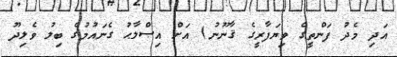
އަދި މެދު ފަންތީގެ ވިޔަފާރީގެ ޤާނޫނު) އަށް އިޞްލާޙު ގެނައުމުގެ ބިލު ވެލިދޫ